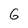
Character: 6